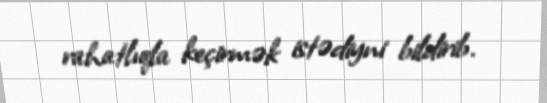
rahatlıqla keçirmək istədiyni bildirib.